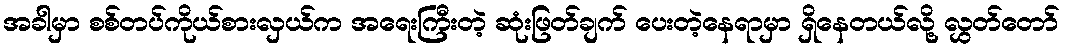
အခါမှာ စစ်တပ်ကိုယ်စားလှယ်က အရေးကြီးတဲ့ ဆုံးဖြတ်ချက် ပေးတဲ့နေရာမှာ ရှိနေတယ်လို့ လွှတ်တော်